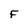
Character: F